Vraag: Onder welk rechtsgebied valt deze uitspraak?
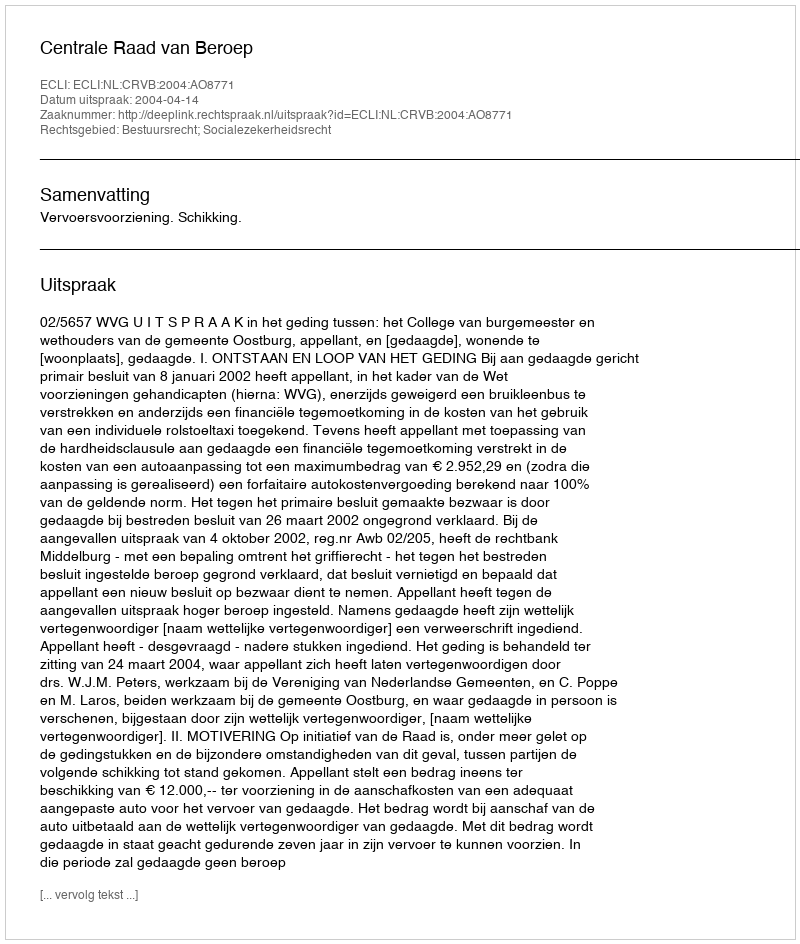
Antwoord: Bestuursrecht; Socialezekerheidsrecht